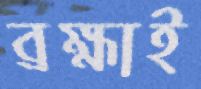
ব্রহ্মাই